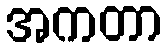
အကတာ